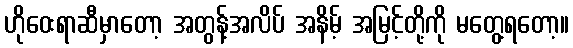
ဟိုဝေးရာဆီမှာတော့ အတွန့်အလိပ် အနိမ့် အမြင့်တို့ကို မတွေ့ရတော့။